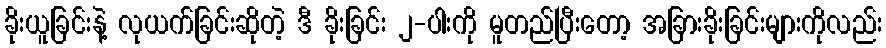
ခိုးယူခြင်းနဲ့ လုယက်ခြင်းဆိုတဲ့ ဒီ ခိုးခြင်း ၂-ပါးကို မူတည်ပြီးတော့ အခြားခိုးခြင်းများကိုလည်း